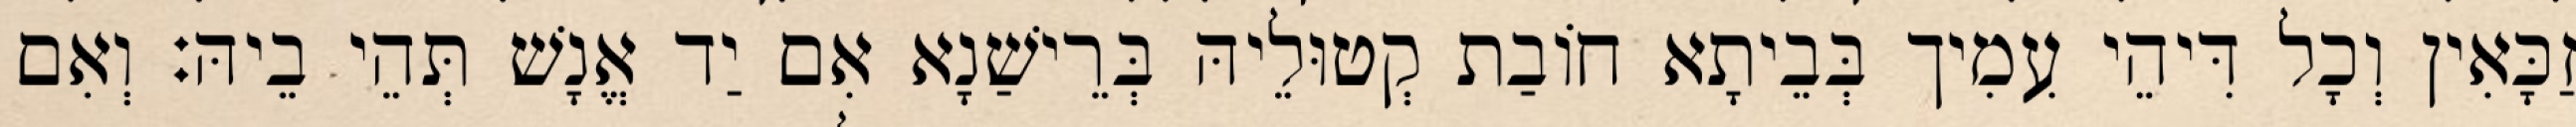
זַכָּאִין וְכָל דִּיהֵי עִמִיך בְּבֵיתָא חוֹבַת קְטוּלֵיהּ בְּרֵישַׁנָא אִם יַד אֱנָשׁ תְּהֵי בֵיהּ׃ וְאִם